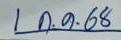
1 ก.ค. 68